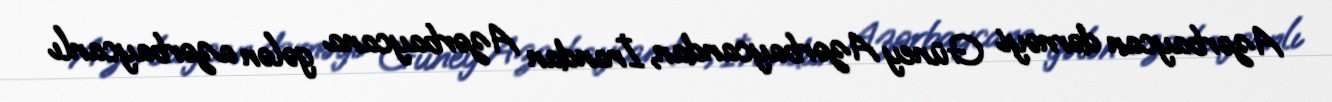
Azərbaycan dərnəyi Güney Azərbaycandan, İrandan Azərbaycana gələn azərbaycanlı